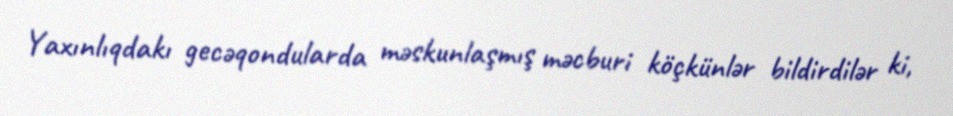
Yaxınlıqdakı gecəqondularda məskunlaşmış məcburi köçkünlər bildirdilər ki,